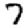
Digit: 7